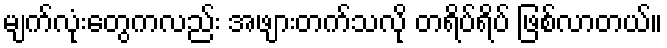
မျက်လုံးတွေကလည်း အဖျားတက်သလို တရိပ်ရိပ် ဖြစ်လာတယ်။